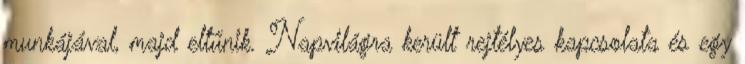
munkájával, majd eltűnik. Napvilágra került rejtélyes kapcsolata és egy